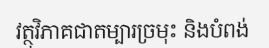
វត្ថុវិភាគជាតម្បារច្រមុះ និងបំពង់